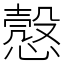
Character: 𢡱